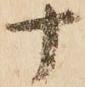
十